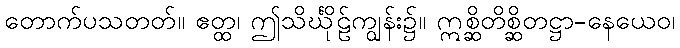
တောက်ပသတတ်။ ဧတ္ထ၊ ဤသိင်္ဃိုဠ်ကျွန်း၌။ ဣစ္ဆိတိစ္ဆိတဋ္ဌာ-နေယေဝ၊